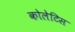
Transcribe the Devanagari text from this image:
कोलेटिस